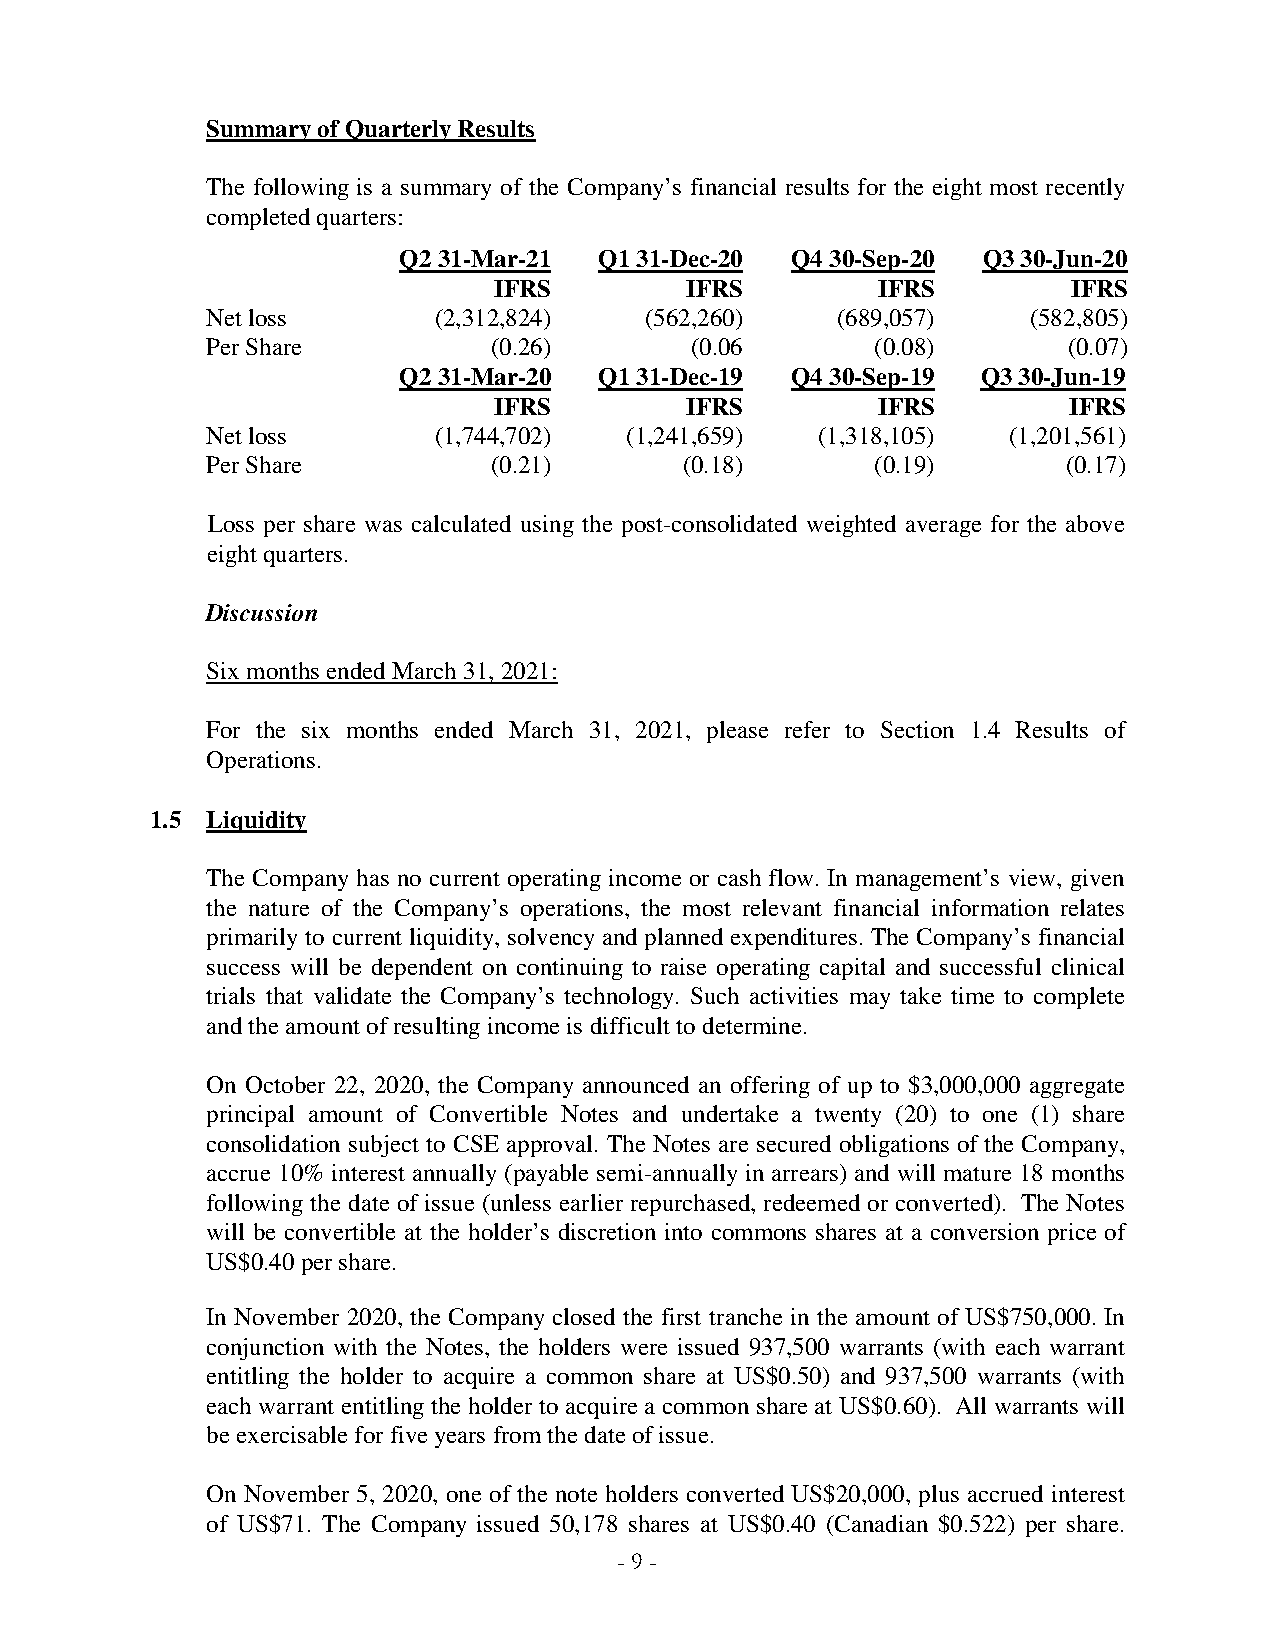
Summary of Quarterly Results
 The following is a summary of the Company’s financial results for the eight most recently
 completed quarters:
 Q2 31-Mar-21  Q1 31-Dec-20 Q4 30-Sep-20 Q3 30-Jun-20
 IFRS        IFRS         IFRS         IFRS
 Net loss       (2,312,824)   (562,260)   (689,057)    (582,805)
 Per Share          (0.26)       (0.06       (0.08)       (0.07)
 Q2 31-Mar-20  Q1 31-Dec-19 Q4 30-Sep-19 Q3 30-Jun-19
 IFRS        IFRS         IFRS         IFRS
 Net loss       (1,744,702) (1,241,659)  (1,318,105)  (1,201,561)
 Per Share          (0.21)      (0.18)       (0.19)       (0.17)
 Loss per share was calculated using the post-consolidated weighted average for the above
 eight quarters.
 Discussion
 Six months ended March 31, 2021:
 For the six months ended March 31, 2021, please refer to Section 1.4 Results of
 Operations.
 1.5 Liquidity
 The Company has no current operating income or cash flow. In management’s view, given
 the nature of the Company’s operations, the most relevant financial information relates
 primarily to current liquidity, solvency and planned expenditures. The Company’s financial
 success will be dependent on continuing to raise operating capital and successful clinical
 trials that validate the Company’s technology. Such activities may take time to complete
 and the amount of resulting income is difficult to determine.
 On October 22, 2020, the Company announced an offering of up to $3,000,000 aggregate
 principal amount of Convertible Notes and undertake a twenty (20) to one (1) share
 consolidation subject to CSE approval. The Notes are secured obligations of the Company,
 accrue 10% interest annually (payable semi-annually in arrears) and will mature 18 months
 following the date of issue (unless earlier repurchased, redeemed or converted). The Notes
 will be convertible at the holder’s discretion into commons shares at a conversion price of
 US$0.40 per share.
 In November 2020, the Company closed the first tranche in the amount of US$750,000. In
 conjunction with the Notes, the holders were issued 937,500 warrants (with each warrant
 entitling the holder to acquire a common share at US$0.50) and 937,500 warrants (with
 each warrant entitling the holder to acquire a common share at US$0.60). All warrants will
 be exercisable for five years from the date of issue.
 On November 5, 2020, one of the note holders converted US$20,000, plus accrued interest
 of US$71. The Company issued 50,178 shares at US$0.40 (Canadian $0.522) per share.
 - 9 -